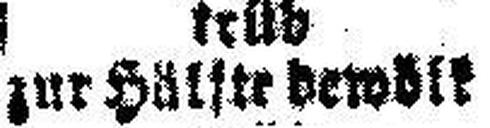
zur Hälfte bewölk